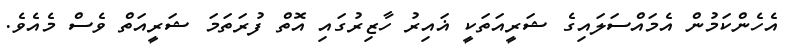
އެހެންކަމުން އެމައްސަލައިގެ ޝަރީއަތަކީ ޣައިރު ހާޒިރުގައި އޮތް ފުރަތަމަ ޝަރީއަތް ވެސް މެއެވެ.